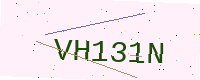
Text: VH131N